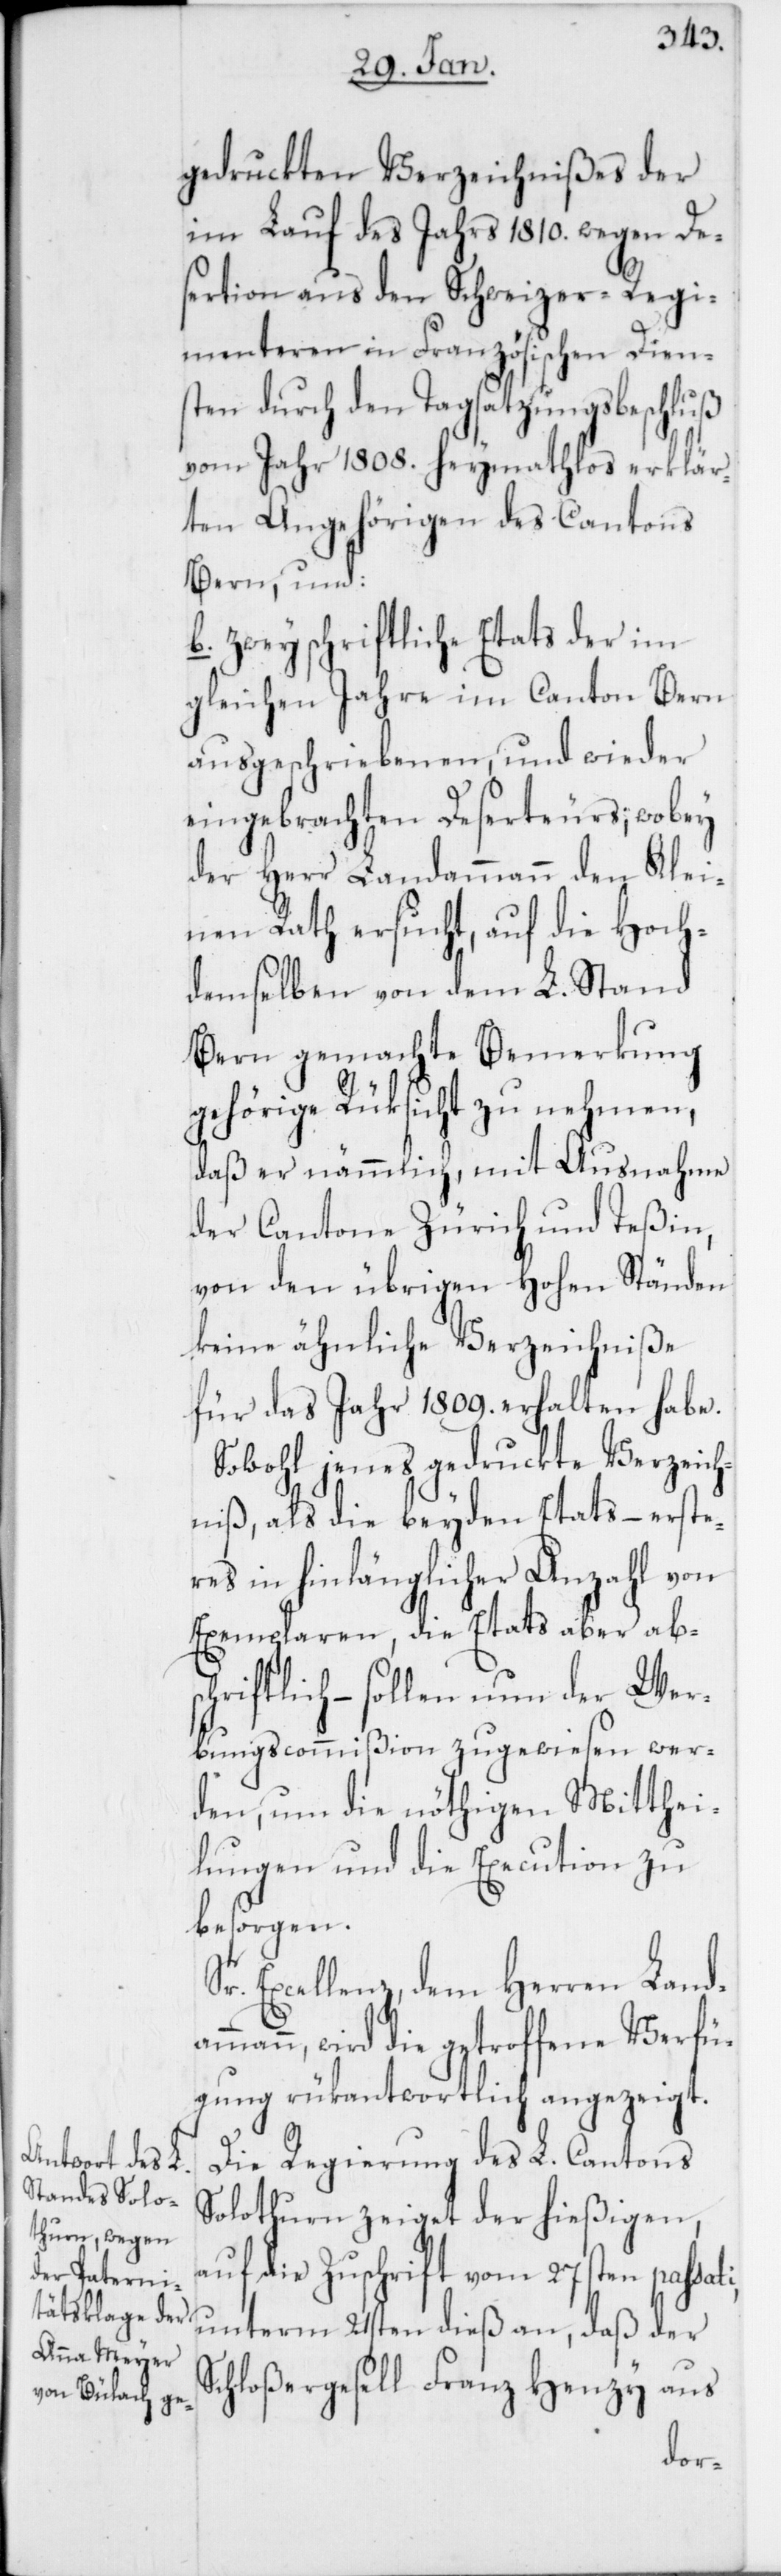
gedruckten Verzeichnißes der
im Lauf des Jahrs 1810. wegen De¬
sertion aus den Schweizer-Regi¬
menteren in Französischen Dien¬
sten durch den Tagsatzungsbeschluß
vom Jahr 1808. heymathlos erklär¬
ten Angehörigen des Cantons
Bern, und:
b. zwey schriftliche Etats der im
gleichen Jahre im Canton Bern
ausgeschriebenen und wieder
eingebrachten Deserteurs, wobey
der Herr Landammann den Klei¬
nen Rath ersucht, auf die Hoch¬
demselben von dem L. Stand
Bern gemachte Bemerkung
gehörige Rüksicht zu nehmen,
daß er nämmlich, mit Ausnahme
der Cantone Zürich und Teßin,
von den übrigen Hohen Ständen
keine ähnliche Verzeichniße
für das Jahr 1809. erhalten habe.
Sowohl jenes gedruckte Verzeich¬
niß, als die beyden Etats, – erste¬
res in hinlänglicher Anzahl von
Exemplaren, die Etats aber abs¬
chriftlich – sollen nun der Wer¬
bungscommißion zugewiesen wer¬
den, um die nöthigen Mitthei¬
lungen und die Execution zu
besorgen.
Excellenz, dem Herren Land¬
ammann, wird die getroffene Verfü¬
gung rükantwortlich angezeigt.
Die Regierung des L. Cantons
Solothurn zeiget der hießigen,
auf die Zuschrift vom 27sten passat¬
unterm 21sten dieß an, daß der
Schloßergesell Franz Henzy aus
i,